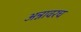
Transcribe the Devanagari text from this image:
अन्नावरच